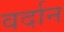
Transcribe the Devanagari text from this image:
वर्दान